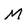
Character: M